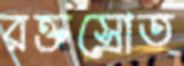
রক্তস্রোত